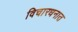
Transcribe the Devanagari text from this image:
विचारधनात